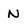
Character: N